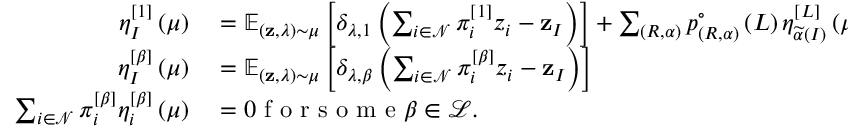
\begin{array} { r l } { \eta _ { I } ^ { \left[ 1 \right] } \left( \mu \right) } & { { } = \mathbb { E } _ { \left( \mathbf { z } , \lambda \right) \sim \mu } \left[ \delta _ { \lambda , 1 } \left( \sum _ { i \in \mathcal { N } } \pi _ { i } ^ { \left[ 1 \right] } z _ { i } - \mathbf { z } _ { I } \right) \right] + \sum _ { \left( R , \alpha \right) } p _ { \left( R , \alpha \right) } ^ { \circ } \left( L \right) \eta _ { \widetilde { \alpha } \left( I \right) } ^ { \left[ L \right] } \left( \mu \right) ; } \\ { \eta _ { I } ^ { \left[ \beta \right] } \left( \mu \right) } & { { } = \mathbb { E } _ { \left( \mathbf { z } , \lambda \right) \sim \mu } \left[ \delta _ { \lambda , \beta } \left( \sum _ { i \in \mathcal { N } } \pi _ { i } ^ { \left[ \beta \right] } z _ { i } - \mathbf { z } _ { I } \right) \right] } \\ { \sum _ { i \in \mathcal { N } } \pi _ { i } ^ { \left[ \beta \right] } \eta _ { i } ^ { \left[ \beta \right] } \left( \mu \right) } & { { } = 0 \textrm { f o r s o m e } \beta \in \mathcal { L } . } \end{array}